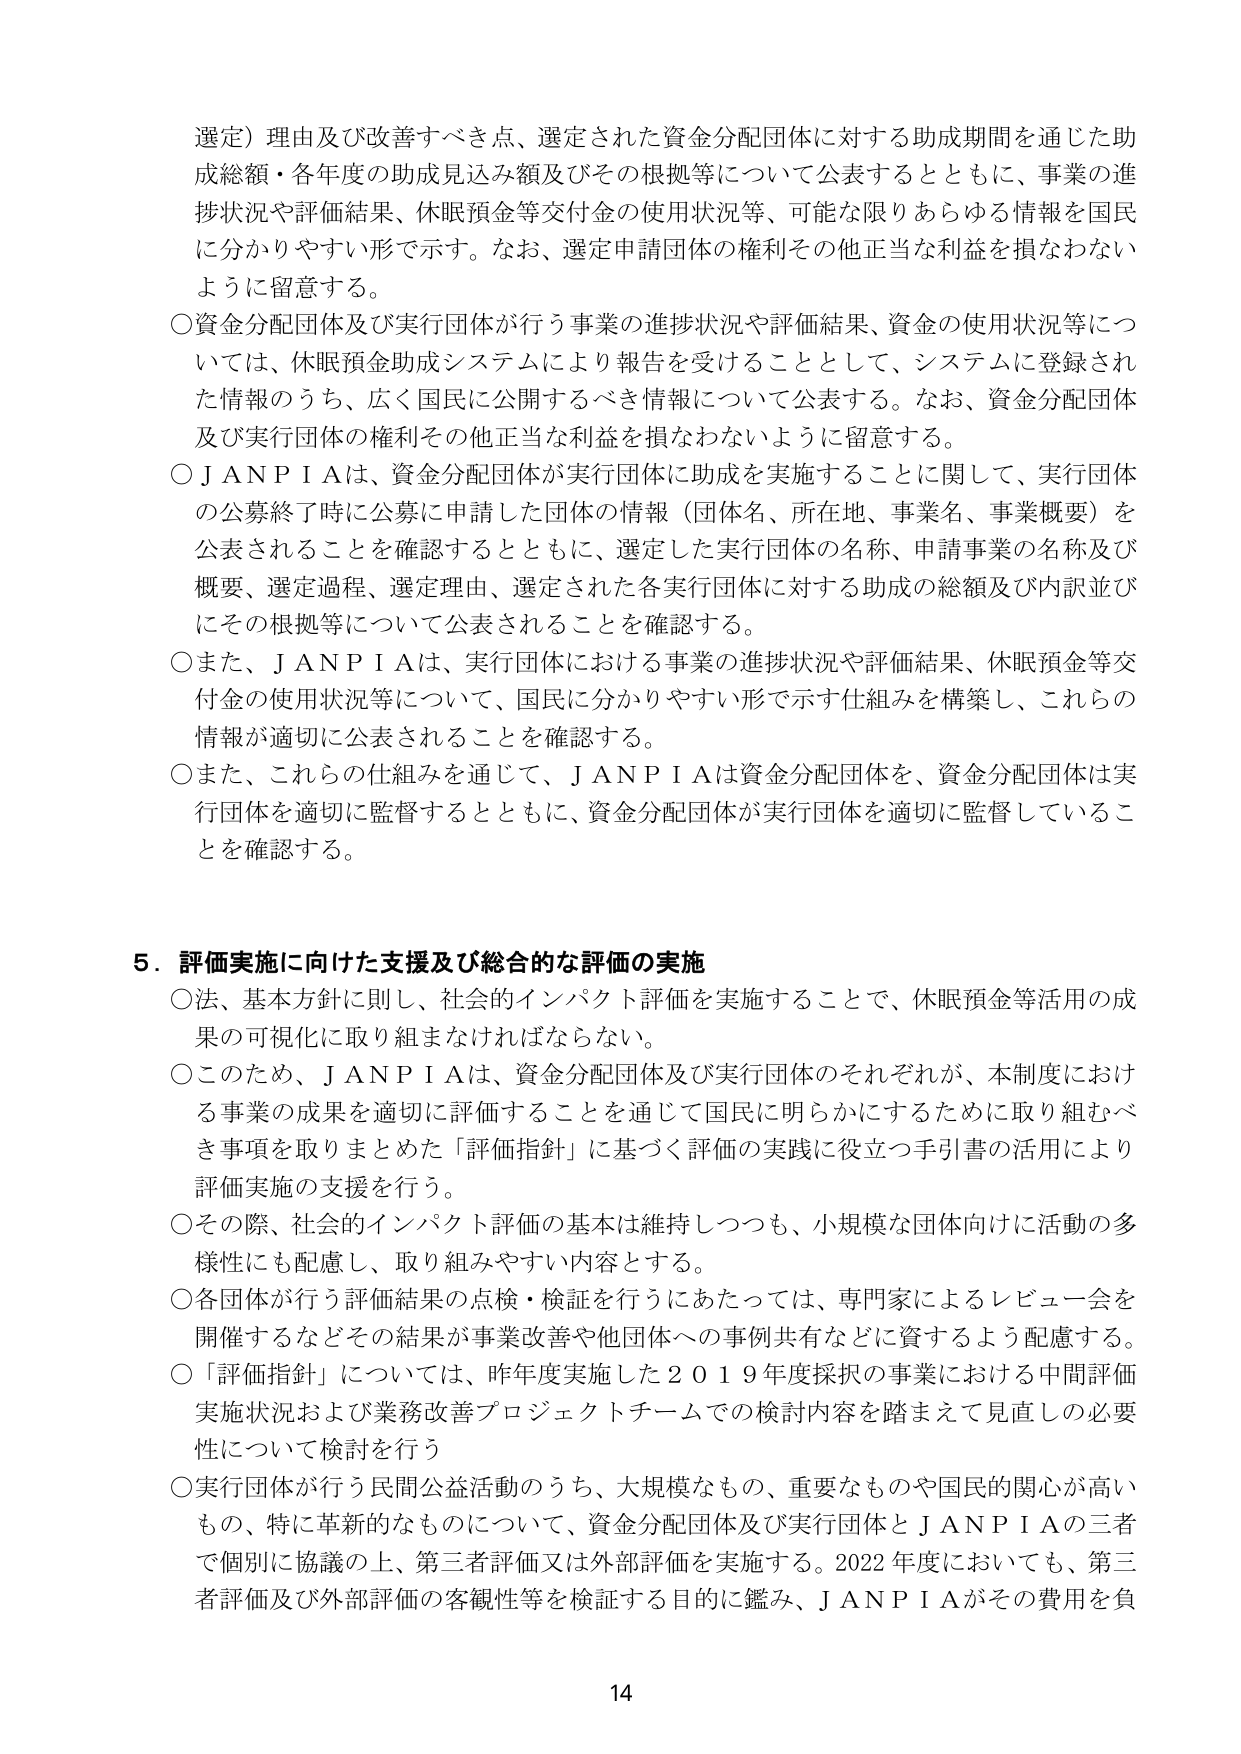
選定）理由及び改善すべき点、選定された資金分配団体に対する助成期間を通じた助成総額・各年度の助成見込み額及びその根拠等について公表するとともに、事業の進捗状況や評価結果、休眠預金等交付金の使用状況等、可能な限りあらゆる情報を国民に分かりやすい形で示す。なお、選定申請団体の権利その他正当な利益を損なわないように留意する。

○資金分配団体及び実行団体が行う事業の進捗状況や評価結果、資金の使用状況等については、休眠預金助成システムにより報告を受けることとして、システムに登録された情報のうち、広く国民に公開するべき情報について公表する。なお、資金分配団体及び実行団体の権利その他正当な利益を損なわないように留意する。

○ＪＡＮＰＩＡは、資金分配団体が実行団体に助成を実施することに関して、実行団体の公募終了時に公募に申請した団体の情報（団体名、所在地、事業名、事業概要）を公表されることを確認するとともに、選定した実行団体の名称、申請事業の名称及び概要、選定過程、選定理由、選定された各実行団体に対する助成の総額及び内訳並びにその根拠等について公表されることを確認する。

○また、ＪＡＮＰＩＡは、実行団体における事業の進捗状況や評価結果、休眠預金等交付金の使用状況等について、国民に分かりやすい形で示す仕組みを構築し、これらの情報が適切に公表されることを確認する。

○また、これらの仕組みを通じて、ＪＡＮＰＩＡは資金分配団体を、資金分配団体は実行団体を適切に監督するとともに、資金分配団体が実行団体を適切に監督していることを確認する。

５．評価実施に向けた支援及び総合的な評価の実施

○法、基本方針に則し、社会的インパクト評価を実施することで、休眠預金等活用の成果の可視化に取り組まなければならない。

○このため、ＪＡＮＰＩＡは、資金分配団体及び実行団体のそれぞれが、本制度における事業の成果を適切に評価することを通じて国民に明らかにするために取り組むべき事項を取りまとめた「評価指針」に基づく評価の実践に役立つ手引書の活用により評価実施の支援を行う。

○その際、社会的インパクト評価の基本は維持しつつも、小規模な団体向けに活動の多様性にも配慮し、取り組みやすい内容とする。

○各団体が行う評価結果の点検・検証を行うにあたっては、専門家によるレビュー会を開催するなどその結果が事業改善や他団体への事例共有などに資するよう配慮する。

○「評価指針」については、昨年度実施した２０１９年度採択の事業における中間評価実施状況および業務改善プロジェクトチームでの検討内容を踏まえて見直しの必要性について検討を行う。

○実行団体が行う民間公益活動のうち、大規模なもの、重要なものや国民的関心が高いもの、特に革新的なものについて、資金分配団体及び実行団体とＪＡＮＰＩＡの三者で個別に協議の上、第三者評価又は外部評価を実施する。2022年度においても、第三者評価及び外部評価の客観性等を検証する目的に鑑み、ＪＡＮＰＩＡがその費用を負

14